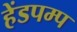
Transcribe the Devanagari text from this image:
हेंडपम्प